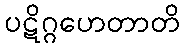
ပဋိဂ္ဂဟေတာတိ